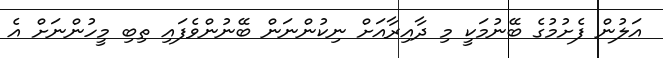
އަލުން ފެށުމުގެ ބޭނުމަކީ މި ދާއިރާއަށް ނިކުންނަން ބޭނުންވެފައި ތިބި މީހުންނަށް އެ